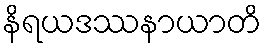
နိရယဒဿနာယာတိ